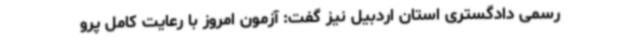
رسمی دادگستری استان اردبیل نیز گفت: آزمون امروز با رعایت کامل پرو